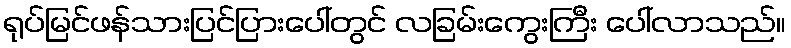
ရုပ်မြင်ဖန်သားပြင်ပြားပေါ်တွင် လခြမ်းကွေးကြီး ပေါ်လာသည်။